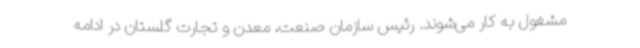
مشغول به کار می‌شوند. رئیس سازمان صنعت، معدن و تجارت گلستان در ادامه